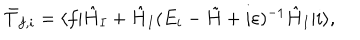
\bar { T } _ { f , i } = \langle f | \hat { H } _ { I } + \hat { H } _ { I } ( E _ { i } - \tilde { H } + i \varepsilon ) ^ { - 1 } \hat { H } _ { I } | i \rangle ,